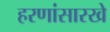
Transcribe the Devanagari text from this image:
हरणांसारखे